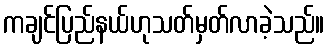
ကချင်ပြည်နယ်ဟုသတ်မှတ်လာခဲ့သည်။